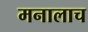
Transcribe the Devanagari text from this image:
मनालाच